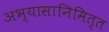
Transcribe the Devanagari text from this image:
अभ्यासानिमित्त